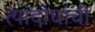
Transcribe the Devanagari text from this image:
त्यांदोघांची